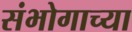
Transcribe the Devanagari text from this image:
संभोगाच्या